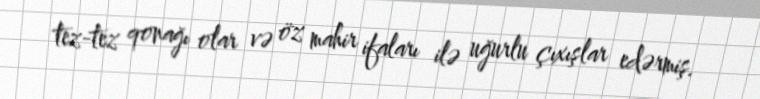
tez-tez qonağı olar və öz mahir ifaları ilə uğurlu çıxışlar edərmiş.